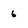
Character: 6